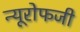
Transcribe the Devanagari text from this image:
न्यूरोफजी